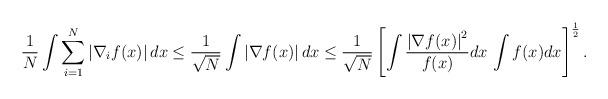
LaTeX: \begin{align*}\frac{1}{N}\int\sum_{i=1}^{N}\left|\nabla_{i}f(x)\right|dx & \le\frac{1}{\sqrt{N}}\int\left|\nabla f(x)\right|dx\le\frac{1}{\sqrt{N}}\left[\int\frac{\left|\nabla f(x)\right|^{2}}{f(x)}dx\,\int f(x)dx\right]^{\frac{1}{2}}.\end{align*}